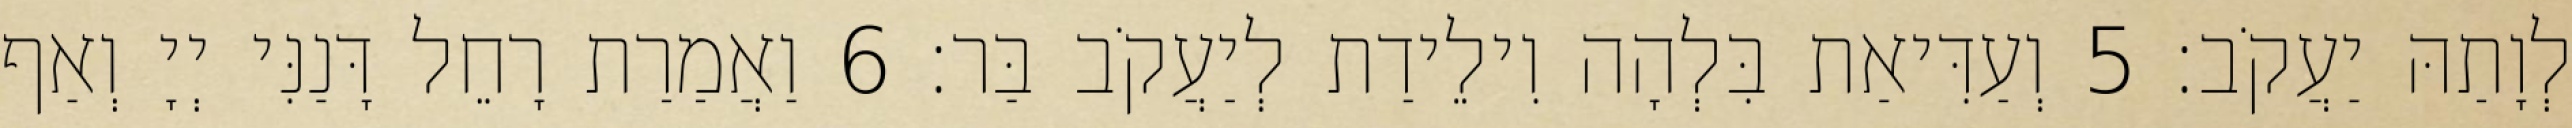
לְוָתַהּ יַעֲקֹב׃ 5 וְעַדִּיאַת בִּלְהָה וִילֵידַת לְיַעֲקֹב בַּר׃ 6 וַאֲמַרַת רָחֵל דָּנַנִּי יְיָ וְאַף